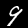
Label: 9